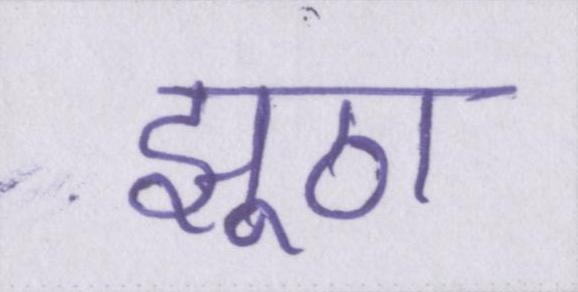
झूठा